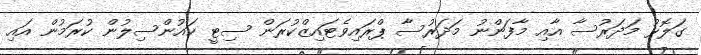
ގަލޮޅު މަދަރުސާ އާއި މާފަންނު މަދަރުސާ ޕްރައިވެޓައިޒްކުރަން ސިޓީ ކައުންސިލުން ކުރަމުން އައި